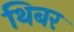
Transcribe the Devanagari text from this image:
थिबर